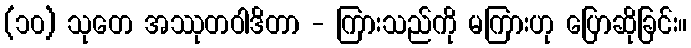
(၁၀) သုတေ အဿုတဝါဒိတာ - ကြားသည်ကို မကြားဟု ပြောဆိုခြင်း။